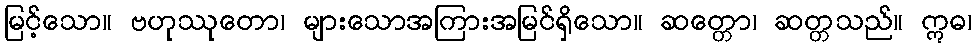
မြင့်သော။ ဗဟုဿုတော၊ များသောအကြားအမြင်ရှိသော။ ဆတ္တော၊ ဆတ္တသည်။ ဣဓ၊